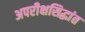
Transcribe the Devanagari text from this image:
अपरीक्षसिद्धांत